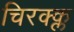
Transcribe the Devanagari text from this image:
चिरक्क्ल